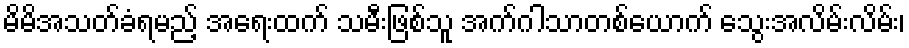
မိမိအသတ်ခံရမည့် အရေးထက် သမီးဖြစ်သူ အက်ဂါသာတစ်ယောက် သွေးအလိမ်းလိမ်း၊